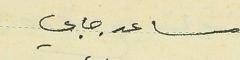
مساعد جابي